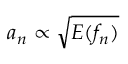
a _ { n } \propto \sqrt { E ( f _ { n } ) }